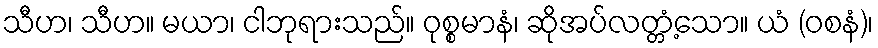
သီဟ၊ သီဟ။ မယာ၊ ငါဘုရားသည်။ ဝုစ္စမာနံ၊ ဆိုအပ်လတ္တံ့သော။ ယံ (ဝစနံ)၊